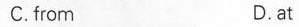
C.from D.at